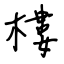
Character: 樓